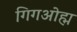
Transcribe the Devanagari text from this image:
गिगओह्म